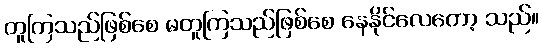
တူကြသည်ဖြစ်စေ မတူကြသည်ဖြစ်စေ နေနိုင်လေတော့ သည်။